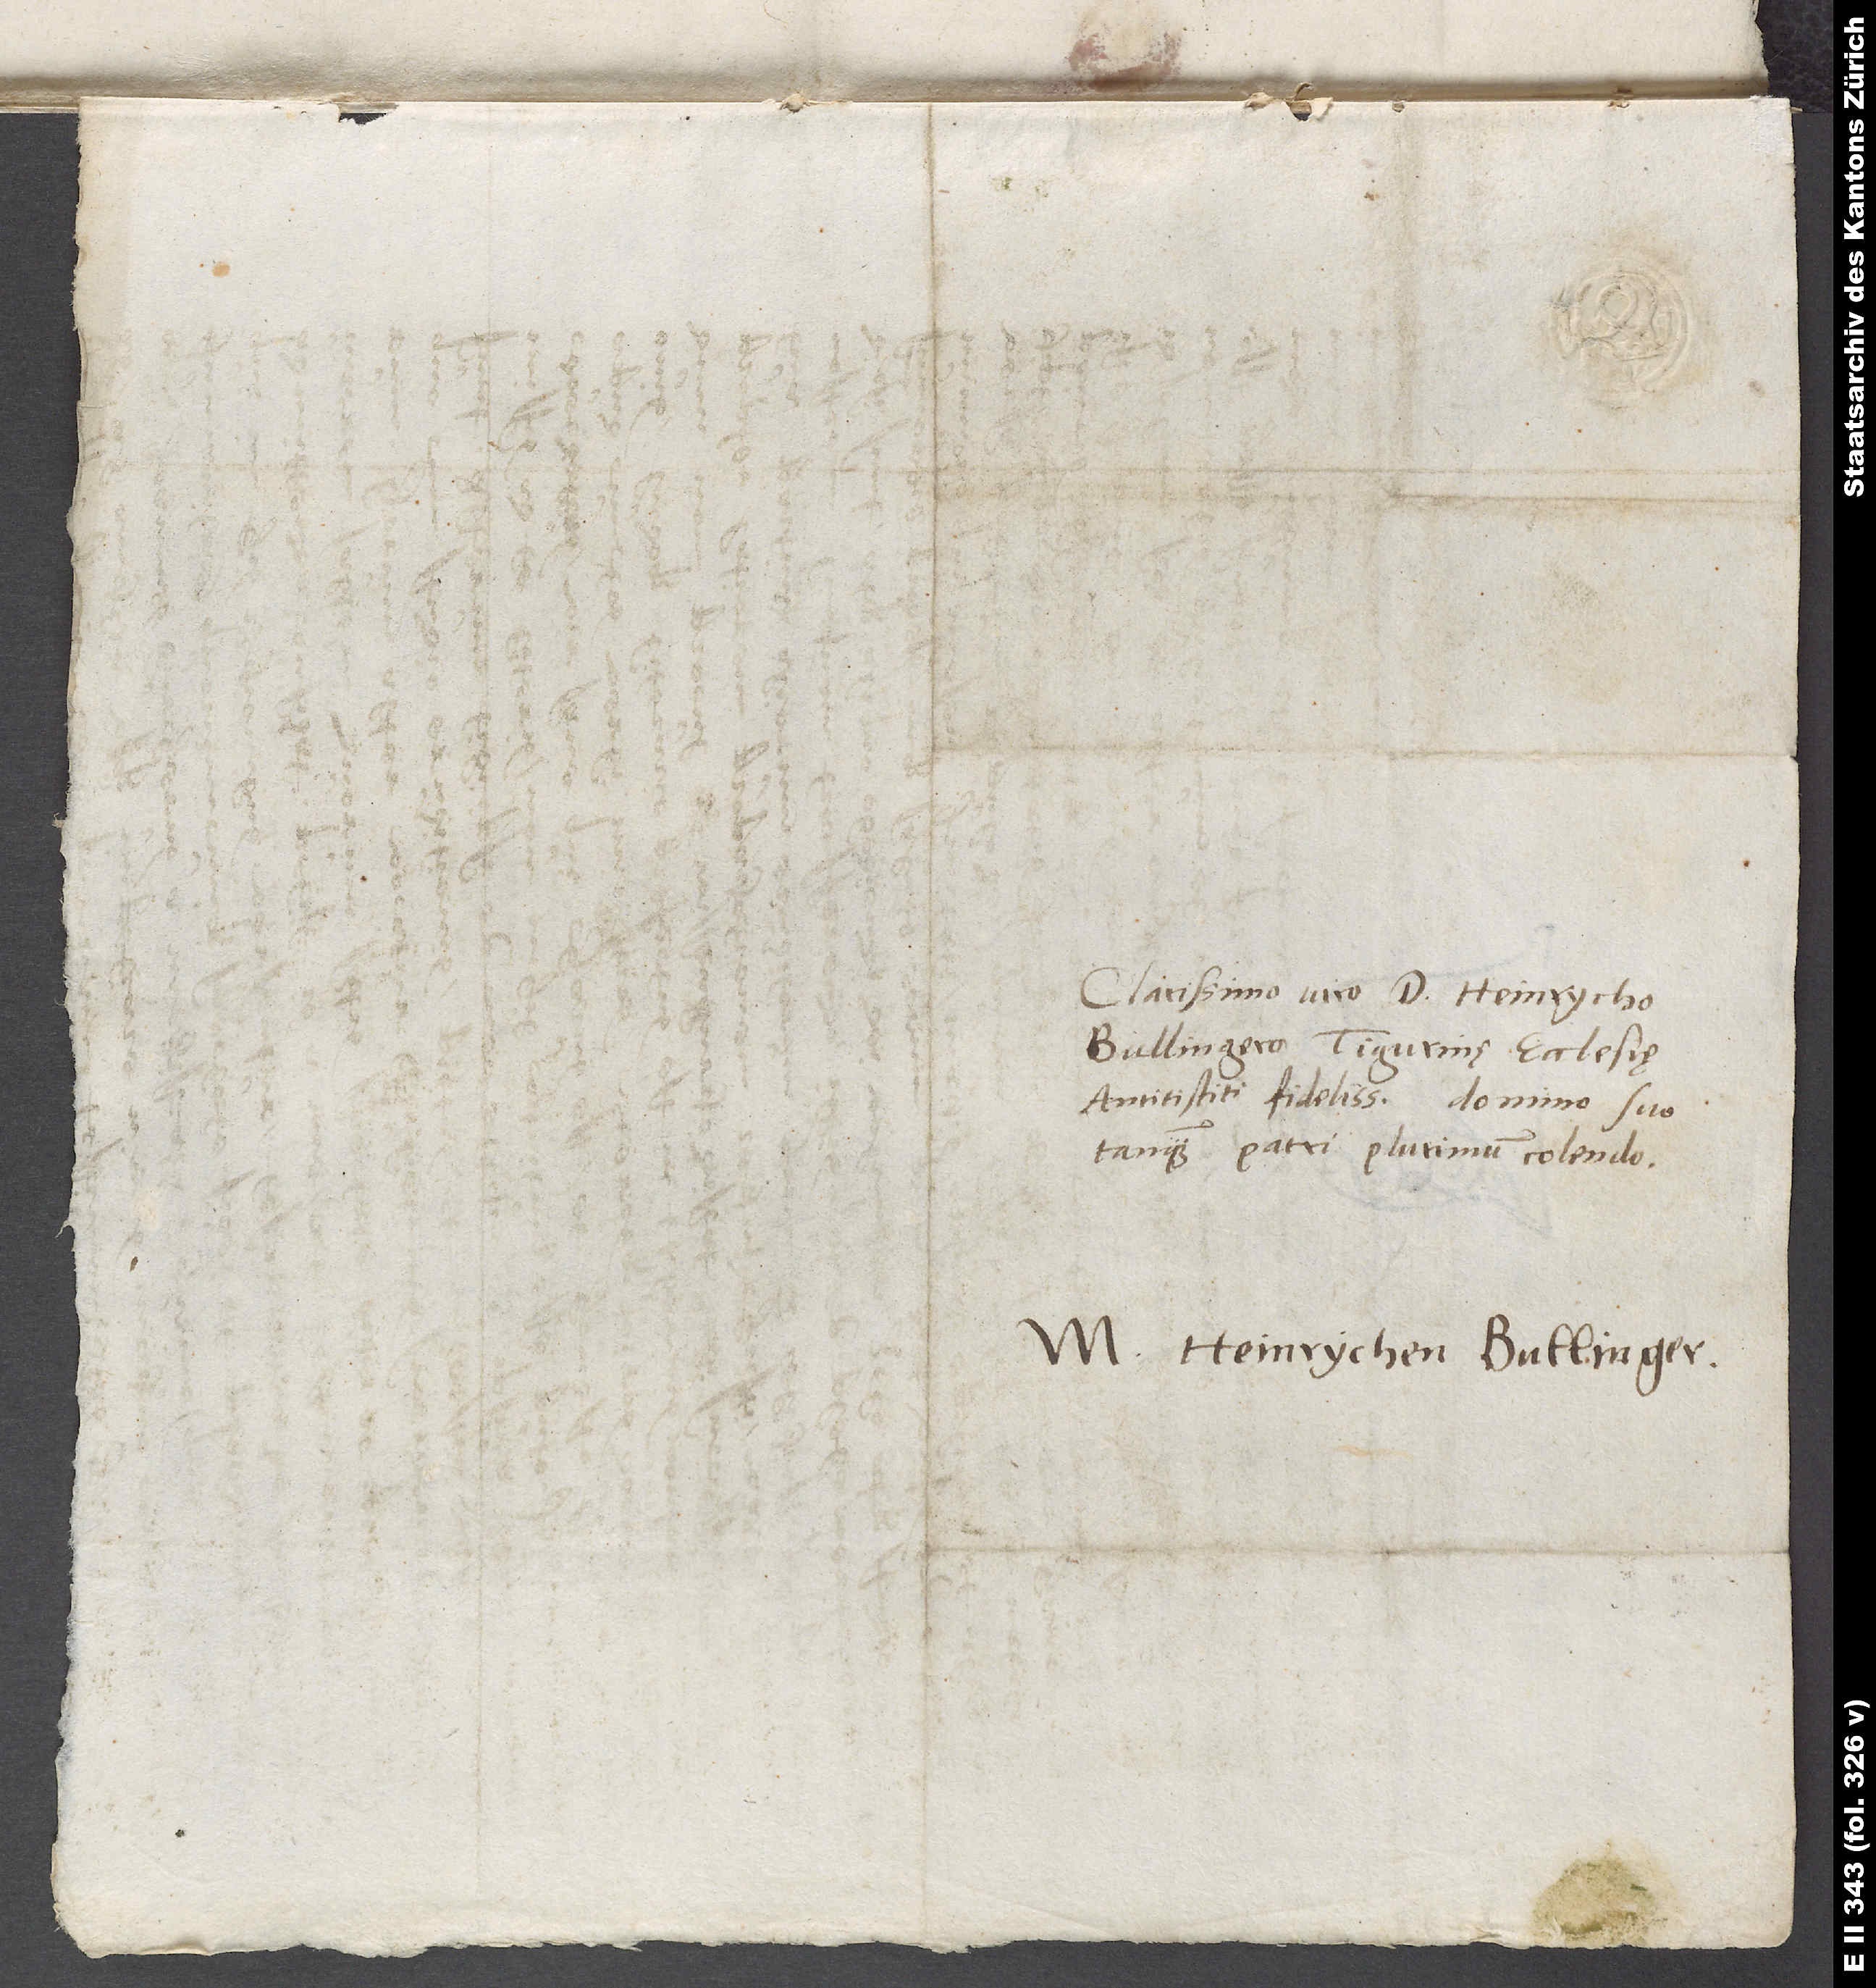
Clarissimo viro d. Heinrycho
Bullingero, Tigurinę ecclesię
antistiti fidelissimo, domino suo
tanquam patri plurimum colendo.
m. Heinrychen Bullinger.